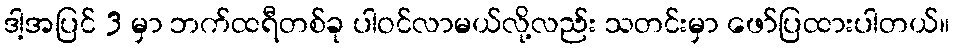
ဒါ့အပြင် 3 မှာ ဘက်ထရီတစ်ခု ပါဝင်လာမယ်လို့လည်း သတင်းမှာ ဖော်ပြထားပါတယ်။